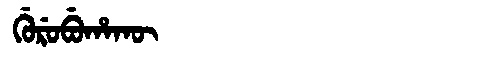
Manchu: ᡤᡠᡵᡠᠪᡠᡥᠠᡴᡡ
Romanization: GURUBUHAKŪ